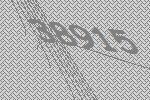
38915